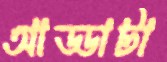
আড্ডাটা